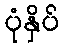
ပုံနှိပ်